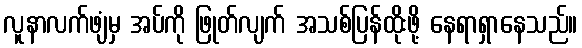
လူနာလက်ဖျံမှ အပ်ကို ဖြုတ်လျက် အသစ်ပြန်ထိုးဖို့ နေရာရှာနေသည်။